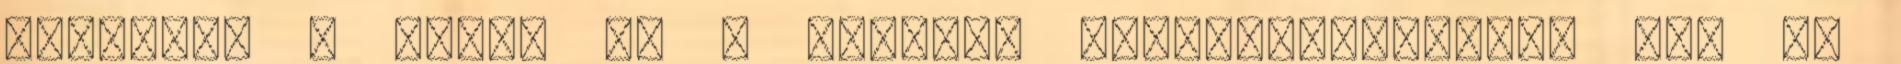
elhaladt a kocsi -, s nagyobb szerencsétlenség nem is